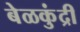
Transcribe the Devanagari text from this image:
बेळकुंद्री